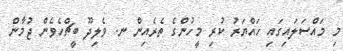
މި މައްސަލައިގައި ހައްޔަރު ކުރި މީހުންގެ ތެރެއިން ނ. ވެލިދޫ ބީޗްހެވެން ޖުމާން